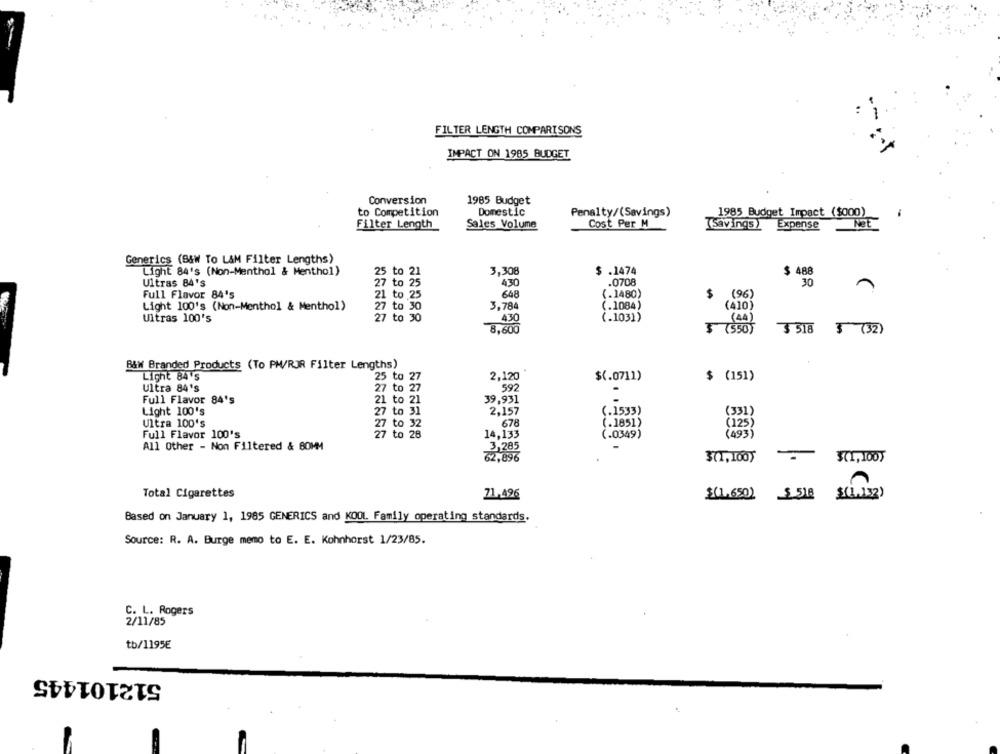
FILTER LENGTH COMPARISONS
IMPACT ON 1985 BUDGET
Conversion
1985 Budget
to Competition
Domestic
Penalty/(Savings)
1985 Budget Impact ($000)
Filter Length
Sales Volume
Cost Per M
(savings )
Expense
Generics (B&W To LAM Filter Lengths)
Light 84's (Non-Menthol & Menthol)
25 to 21
3,308
$ .1474
$ 488
Ultras 84's
27 to 25
430
.0708
30
Full Flavor 84's
21
to 25
648
(.1480)
$ (96)
Light 100's (Non-Menthol & Menthol)
27 to 30
3,784
(.1084)
(410)
27 to 30
Ultras 100's
4.30
(.1031)
8,600
3 518 3 (32)
B&W Branded Products (To PH/RJR Filter Lengths)
Light 84 's
25 to 27
2,120
$(.0711)
$ (151)
Ultra 84's
27 to
592
.
Full Flavor 84's
21 to 21
39,931
Light 100's
to 31
2,157
(.1533)
(331)
Ultra 100's
(.1851)
7 to 32
678
(125)
Full Flavor 100's
27 to 28
14,133
(.0349)
All Other - Non Filtered & 80MM
32,696
301,100)
371,1005
Total Cigarettes
71,496
$(1,650) 5 518 $(1.132)
Based on January 1, 1985 GENERICS and KOOL Family operating standards.
Source: R. A. Burge memo to E. E. Kohnhorst 1/23/85.
C. L. Rogers
2/11/85
tb/1195E
512101445